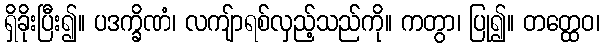
ရှိခိုးပြီး၍။ ပဒက္ခိဏံ၊ လကျ်ာရစ်လှည့်သည်ကို။ ကတွာ၊ ပြု၍။ တတ္ထေဝ၊